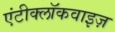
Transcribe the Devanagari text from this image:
एंटीक्लॉकवाइज़